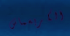
الكريسماس